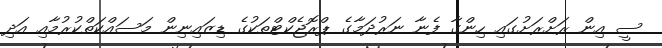
ސީ އިން ރަށްރަށުގައި ހިންގާ ފެނާ ނަރުދަމާގެ ޕްރޮޖެކްޓްތަކުގެ ޑިޒައިނިން މަސައްކަތްކުރުމާއި އަދި